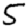
Digit: 5